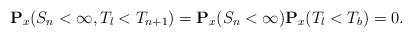
\begin{align*}\mathbf{P}_x(S_n<\infty, T_l<T_{n+1})=\mathbf{P}_x(S_n<\infty)\mathbf{P}_x(T_l<T_b)=0.\end{align*}